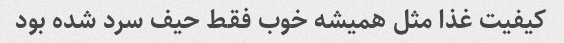
کیفیت غذا مثل همیشه خوب فقط حیف سرد شده بود